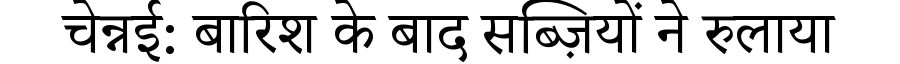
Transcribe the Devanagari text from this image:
चेन्नई: बारिश के बाद सब्ज़ियों ने रुलाया